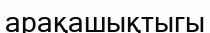
арақашықтыгы